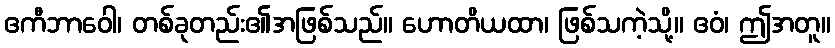
ဧကီဘာဝေါ၊ တစ်ခုတည်း၏အဖြစ်သည်။ ဟောတိယထာ၊ ဖြစ်သကဲ့သို့။ ဧဝံ၊ ဤအတူ။